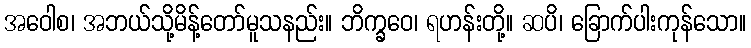
အဝေါစ၊ အဘယ်သို့မိန့်တော်မူသနည်း။ ဘိက္ခဝေ၊ ရဟန်းတို့။ ဆပိ၊ ခြောက်ပါးကုန်သော။